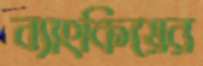
ব্যাংকিয়ের